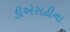
ડીએસટીના